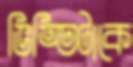
ভিত্তিটাকে